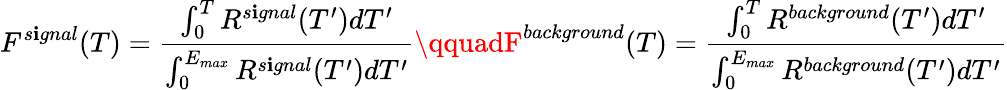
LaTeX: F^{s\mathbf{i}gnal}(T)=\frac{{\int_{0}^{T}R^{s\mathbf{i}gnal}(T^{\prime})dT^{\prime}}}{{\int_{0}^{E_{max}}R^{s\mathbf{i}gnal}(T^{\prime})dT^{\prime}}}\qquadF^{background}(T)=\frac{{\int_{0}^{T}R^{background}(T^{\prime})dT^{\prime}}}{{\int_{0}^{E_{max}}R^{background}(T^{\prime})dT^{\prime}}}